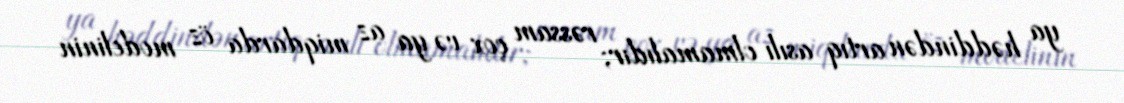
ya həddindən artıq asılı olmamalıdır; rəssam çox və ya az miqdarda öz modelinin